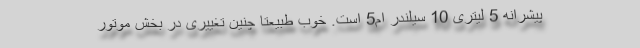
پیشرانه 5 لیتری 10 سیلندر ام5 است. خوب طبیعتا چنین تغییری در بخش موتور